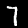
Label: 7